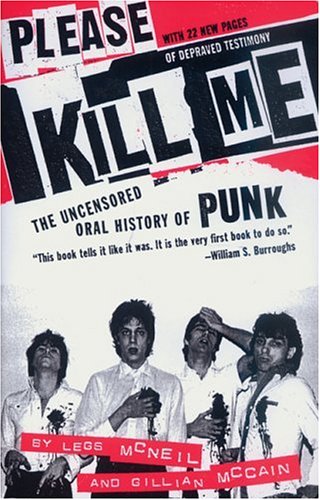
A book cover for Please Kill Me: The Uncensored Oral History of Punk; Legs McNeil; Humor & Entertainment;